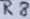
Text: R8